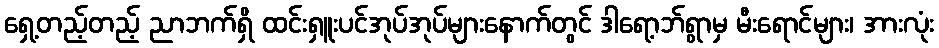
ရှေ့တည့်တည့် ညာဘက်ရှိ ထင်းရှူးပင်အုပ်အုပ်များနောက်တွင် ဒါရော့ဘ်ရွာမှ မီးရောင်များ၊ အားလုံး